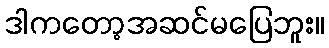
ဒါကတော့အဆင်မပြေဘူး။